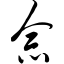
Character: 佘